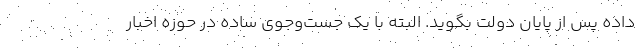
داده پس از پایان دولت بگوید. البته با یک جست‌وجوی ساده در حوزه اخبار